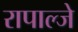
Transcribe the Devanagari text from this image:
रापाल्जे